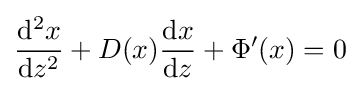
{\frac {{\rm {d^{2}}}x}{{\rm {d}}z^{2}}}+D(x){\frac {{\rm {d}}x}{{\rm {d}}z}}+\Phi '(x)=0